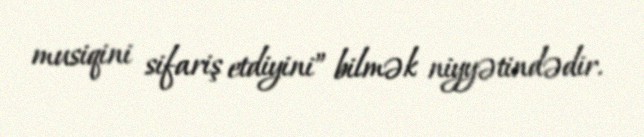
musiqini sifariş etdiyini” bilmək niyyətindədir.